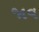
જાવ